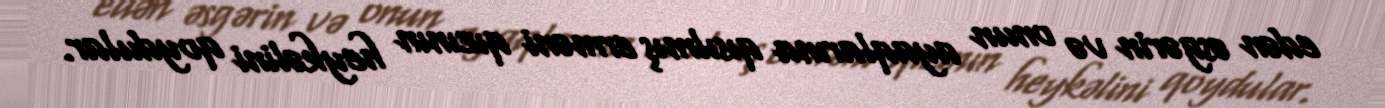
edən əsgərin və onun ayaqlarına qısılmış erməni qızının heykəlini qoydular.